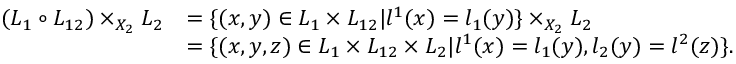
\begin{array} { r l } { ( L _ { 1 } \circ L _ { 1 2 } ) \times _ { X _ { 2 } } L _ { 2 } } & { = \{ ( x , y ) \in L _ { 1 } \times L _ { 1 2 } | l ^ { 1 } ( x ) = l _ { 1 } ( y ) \} \times _ { X _ { 2 } } L _ { 2 } } \\ & { = \{ ( x , y , z ) \in L _ { 1 } \times L _ { 1 2 } \times L _ { 2 } | l ^ { 1 } ( x ) = l _ { 1 } ( y ) , l _ { 2 } ( y ) = l ^ { 2 } ( z ) \} . } \end{array}